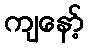
ကျနော့်